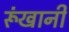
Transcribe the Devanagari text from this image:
रूंखानी